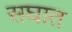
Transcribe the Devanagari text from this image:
सघात